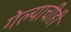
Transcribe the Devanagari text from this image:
गेल्याचीही